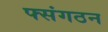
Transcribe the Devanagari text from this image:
फ्संगठन